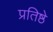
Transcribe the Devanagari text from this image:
प्रतिष्ठे